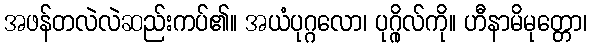
အဖန်တလဲလဲဆည်းကပ်၏။ အယံပုဂ္ဂလော၊ ပုဂ္ဂိုလ်ကို။ ဟီနာမိမုတ္တော၊